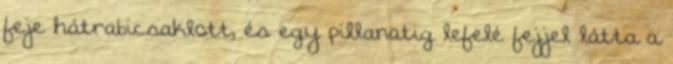
feje hátrabicsaklott, és egy pillanatig lefelé fejjel látta a